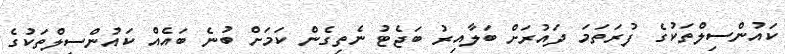
ކައުންސިލްތަކުގެ ފުރަތަމަ ދައުރަށް ބަލާއިރު ބަޖެޓު ނެތިގެން ކަމަށް ބުނެ ބައެއް ކައުންސިލްތަކުގެ